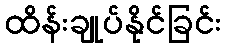
ထိန်းချုပ်နိုင်ခြင်း